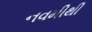
નવમીથી